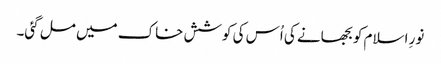
نورِ اسلام کو بجھانے کی اُس کی کوشش خاک میں مل گئی۔